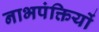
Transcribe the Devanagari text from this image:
नाभपंक्तियों